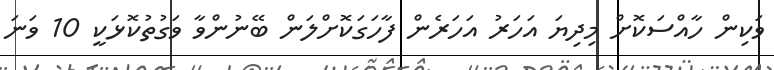
ވަކިން ހާއްސަކޮށް މިދިޔަ އަހަރު އަހަރެން ފާހަގަކޮށްލަން ބޭނުންވާ ވަގުތުކޮޅަކީ 10 ވަނަ